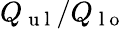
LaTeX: Q_{\mathrm{~u~l~}}/Q_{\mathrm{~l~o~}}